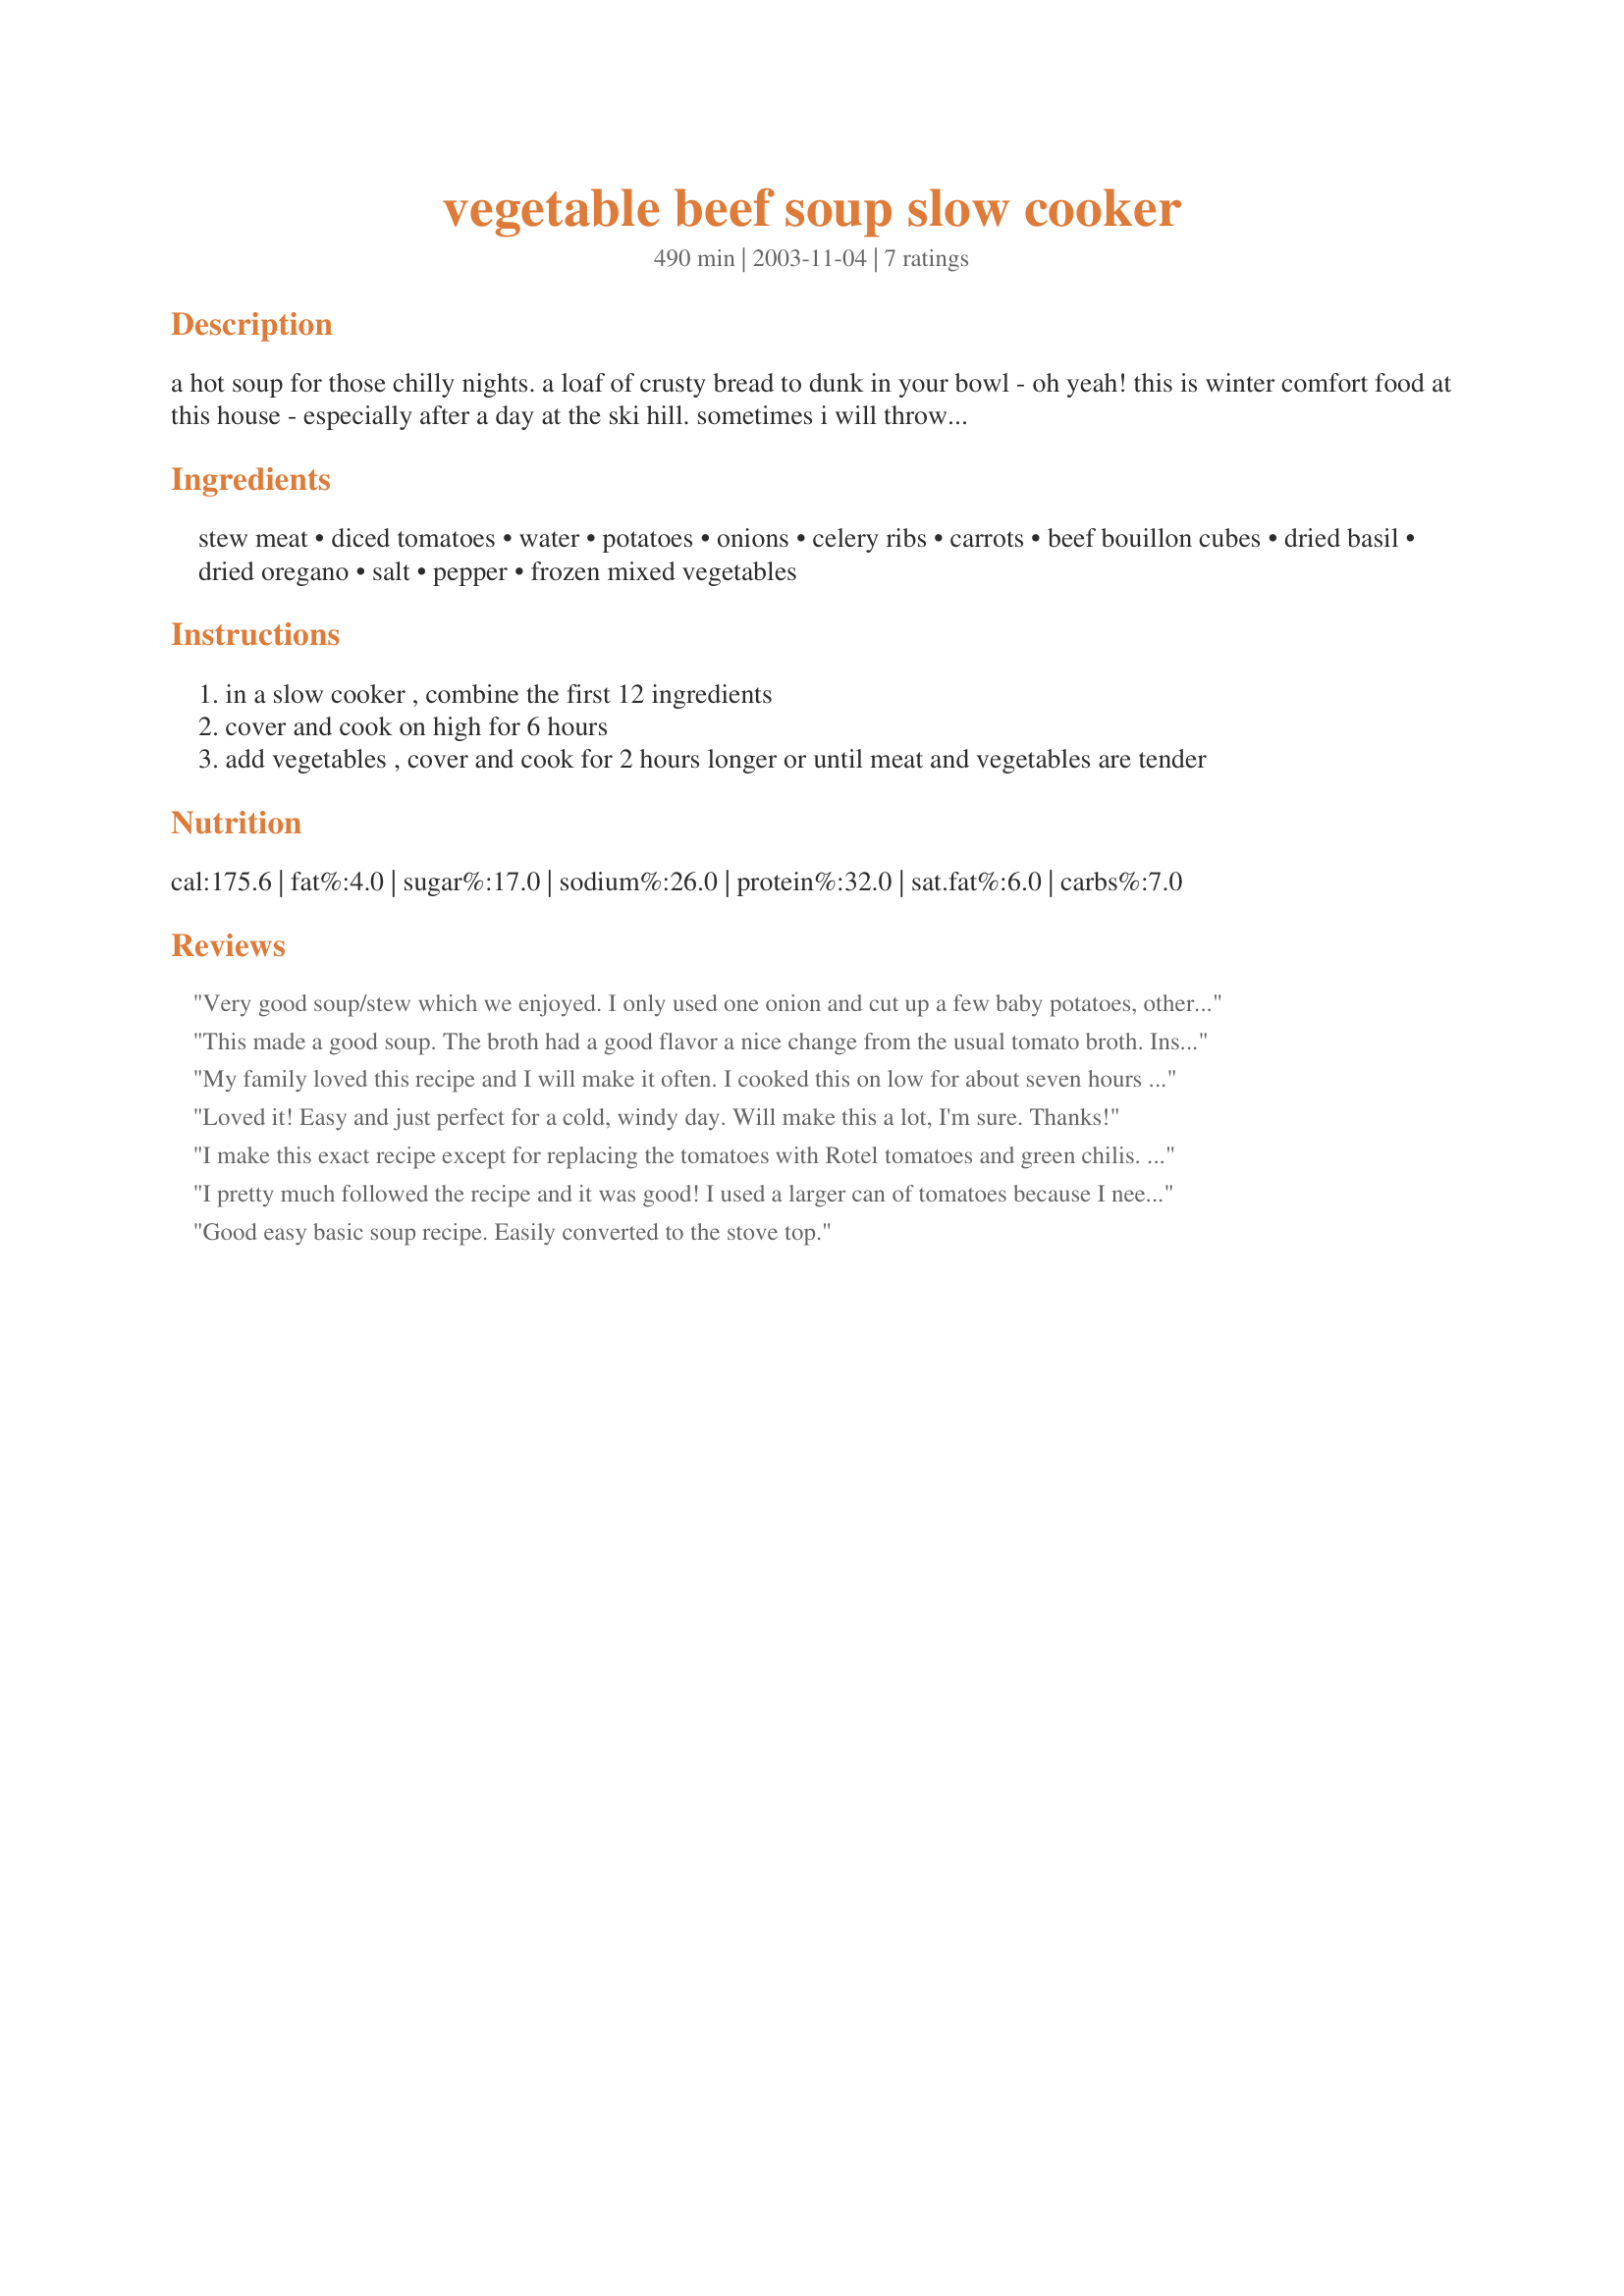
vegetable beef soup slow cooker
Preparation time: 490 minutes

a hot soup for those chilly nights. a loaf of crusty bread to dunk in your bowl - oh yeah! this is winter comfort food at this house - especially after a day at the ski hill. sometimes i will throw some barley in for a change. try it - i think you'll like it.

Ingredients:
stew meat, diced tomatoes, water, potatoes, onions, celery ribs, carrots, beef bouillon cubes, dried basil, dried oregano, salt, pepper, frozen mixed vegetables

Steps:
in a slow cooker , combine the first 12 ingredients
cover and cook on high for 6 hours
add vegetables , cover and cook for 2 hours longer or until meat and vegetables are tender

Reviews:
Very good soup/stew which we enjoyed. I only used one onion and cut up a few baby potatoes, otherwise made as directed. Thanks for sharing!
This made a good soup. The broth had a good flavor a nice change from the usual tomato broth. Instead of adding frozen mixed vegetables I added a 1/2 cup each of frozen peas and corn and some fresh shredded cabbage. 

Thanks DDW.
My family loved this recipe and I will make it often. I cooked this on low for about seven hours then added the mixed vegetables and cooked everything for another 2 hours.Served it with buttered french bread. Perfect!
Loved it! Easy and just perfect for a cold, windy day. Will make this a lot, I'm sure. Thanks!
I make this exact recipe except for replacing the tomatoes with Rotel tomatoes and green chilis. Try it for a spicier version.
I pretty much followed the recipe and it was good! I used a larger can of tomatoes because I needed a bit more volume as my slow cooker is 7 quarts and requires you to fill to a certain line. For that reason, it needed a bit more salt. Some Chalula hot sauce made it liven up a bit too. I could eat veggie soup every day and the baby in my belly seems to enjoy it as well. Thanks!
Good easy basic soup recipe. Easily converted to the stove top.
